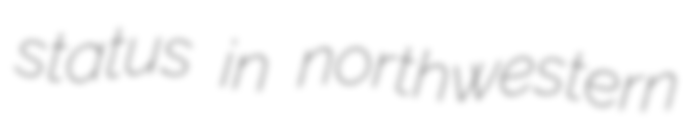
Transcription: status in northwestern